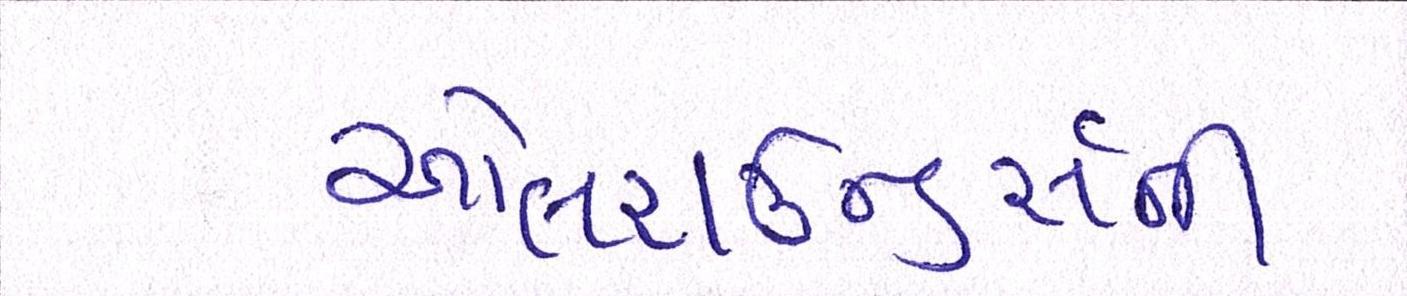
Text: ઓલરાઉન્ડર્સની